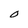
Character: O